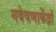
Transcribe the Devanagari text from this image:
गवेषणाकेंद्रों